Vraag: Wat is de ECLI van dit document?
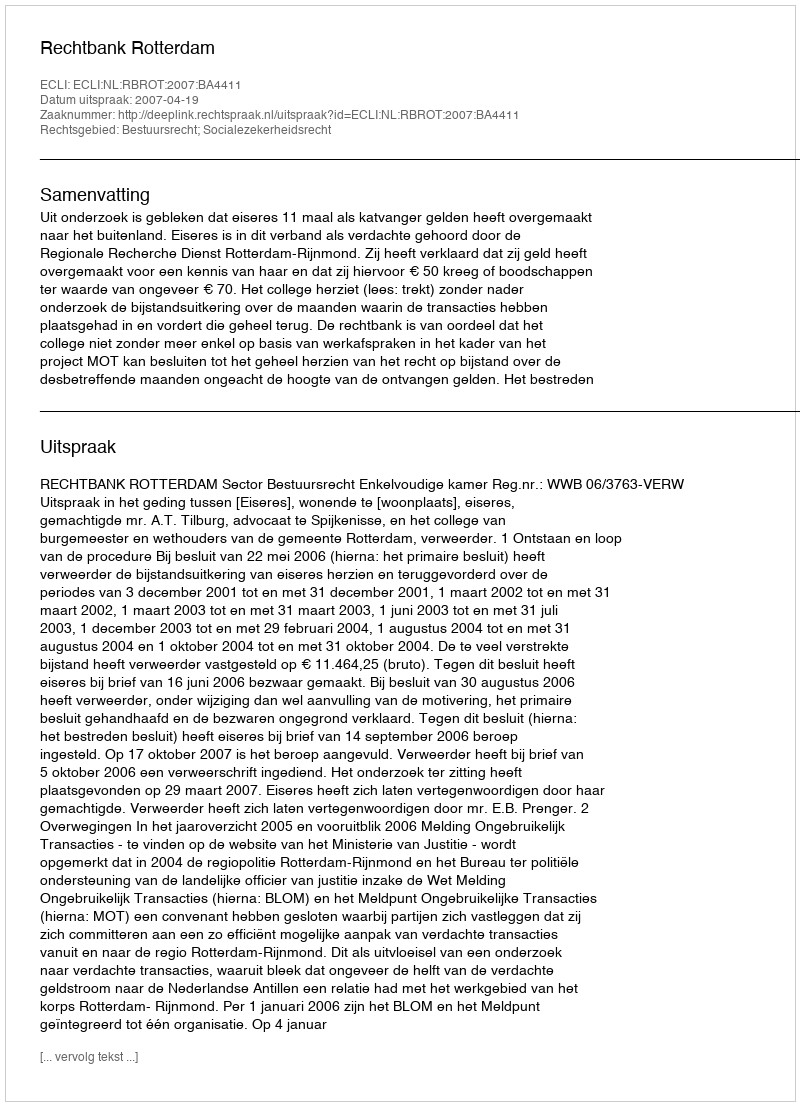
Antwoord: ECLI:NL:RBROT:2007:BA4411